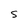
Character: S